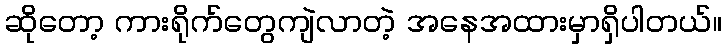
ဆိုတော့ ကားရိုက်တွေကျဲလာတဲ့ အနေအထားမှာရှိပါတယ်။